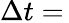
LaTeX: \Delta t=\,